Civil Veterinary Dept. Bombay admin report 1893-99 - 1893-1899
Year: 1893
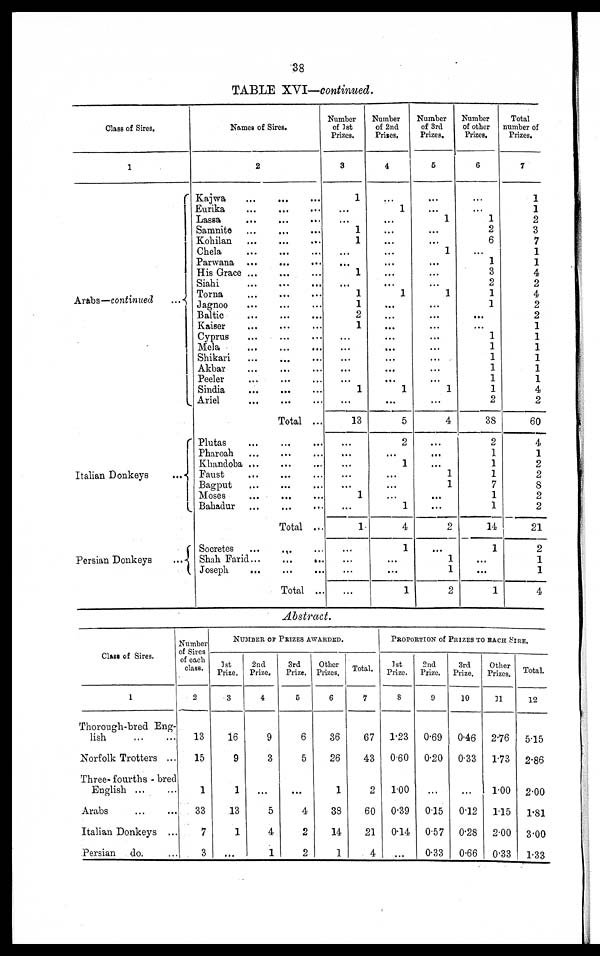
38
TABLE XVI—continued.
Class of Sires.
1
Arabs—continued
...
Italian Donkeys ...
Persian Donkeys ...
Names of Sires.
2
Kajwa
...
...
...
Eurika
...
...
...
Lassa
...
...
...
Samnite ... ... ...
Kohilan ... ... ...
Chela
...
...
...
Parwana ...
...
...
His Grace
...
...
...
Siahi ... ... ...
Torna ... ... ...
Jagnoo ... ... ...
Baltic
...
...
...
Kaiser ... ... ...
Cyprus ... ... ...
Mela
...
...
...
Shikari ... ... ...
Akbar ... ... ...
Peeler ... ... ...
Sindia ... ... ...
Ariel ... ... ...
Total ...
Plutas
...
...
...
Pharoah ... ... ...
Khandoba ... ... ...
Faust
...
...
...
Bagput ... ... ...
Moses
...
...
...
Bahadur ... ... ...
Total ...
Socretes
... ... ...
Shah Farid
...
...
...
Joseph
...
Total ...
Number
of 1st
Prizes.
3
1
...
...
1
1
...
...
1
...
1
1
2
1
...
...
...
...
...
1
...
13
...
...
...
...
...
1
...
1
...
...
...
...
Number
of 2nd
Prises.
4
...
1
...
...
...
...
...
...
...
1
...
...
...
...
...
...
...
...
1
...
5
2
...
1
...
...
...
1
4
1
...
...
1
Number
of 3rd
Prizes.
5
...
...
1
...
...
1
...
...
...
1
...
...
...
...
...
...
...
...
1
...
4
...
...
...
1
1
...
...
2
...
1
1
2
Number
of other
Prizes.
6
...
...
1
2
6
...
1
3
2
1
1
...
...
1
1
1
1
1
1
2
38
2
1
1
1
7
1
1
14
1
...
...
1
Total
number of
Prizes.
7
1
1
2
3
7
1
1
4
2
4
2
2
1
1
1
1
1
1
4
2
60
4
1
2
2
8
2
2
21
2
1
1
4
Abstract.
Class of Sires.
1
Thorough-bred Eng-
lish
...
...
Norfolk Trotters ...
Three- fourths - bred
English ... ....
Arabs ... ...
Italian Donkeys ...
Persian do. ...
Number
of Sires
of each
class.
2
13
15
1
33
7
3
NUMBER OF PRIZES AWARDED.
1st
Prize.
3
16
9
1
13
1
...
2nd
Prize.
4
9
3
...
5
4
1
3rd
Prize.
5
6
5
...
4
2
2
Other
Prizes.
6
36
26
1
38
14
1
Total.
7
67
43
2
60
21
4
PROPORTION of PRIZES TO EACH SIRE.
1st
Prize.
8
1.23
0.60
1.00
0.39
0.14
...
2nd
Prize.
9
0.69
0.20
...
0.15
0.57
0.33
3rd
Prize.
10
0.46
0.33
...
0.12
0.28
0.66
Other
Prizes.
11
2.76
1.73
1.00
1.15
2.00
0.33
Total.
12
5.15
2.86
2.00
1.81
3.00
1.33